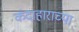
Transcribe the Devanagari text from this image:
कंदाहाराच्या